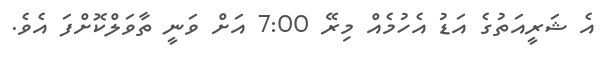
އެ ޝަރީއަތުގެ އަޑު އެހުމެއް މިރޭ 7:00 އަށް ވަނީ ތާވަލްކޮށްފަ އެވެ.